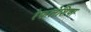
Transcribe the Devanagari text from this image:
रेफलेशिया